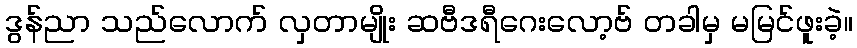
ဒွန်ညာ သည်လောက် လှတာမျိုး ဆဗီဒရီဂေးလော့ဗ် တခါမှ မမြင်ဖူးခဲ့။